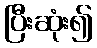
ပြီးဆုံး၍